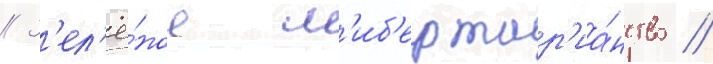
// З'ел'ё́ное л'иб'ертар'иа́нство //